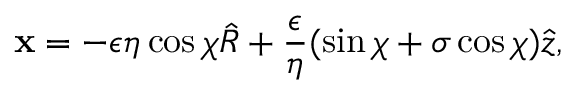
\mathbf { x } = - \epsilon \eta \cos \chi \hat { R } + \frac { \epsilon } { \eta } ( \sin \chi + \sigma \cos \chi ) \hat { z } ,